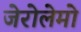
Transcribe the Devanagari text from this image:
जेरोलेमो